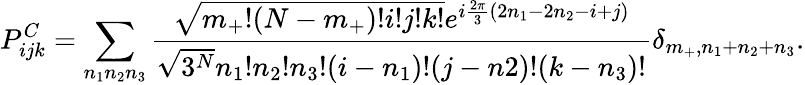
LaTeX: P_{ijk}^{C}=\sum_{n_{1}n_{2}n_{3}}\frac{\sqrt{m_{+}!(N-m_{+})!i!j!k!}e^{i\frac{2\pi}{3}(2n_{1}-2n_{2}-i+j)}}{\sqrt{3^{N}}n_{1}!n_{2}!n_{3}!(i-n_{1})!(j-n2)!(k-n_{3})!}\delta_{m_{+},n_{1}+n_{2}+n_{3}}.